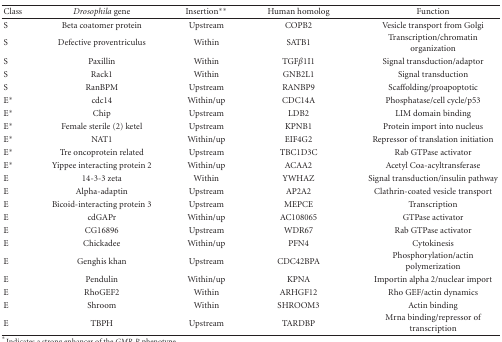
<table><thead><tr><td><b>Class</b></td><td><b><i>Drosophila</i> gene</b></td><td><b>Insertion**</b></td><td><b>Human homolog</b></td><td><b>Function</b></td></tr></thead><tbody><tr><td>S</td><td>Beta coatomer protein</td><td>Upstream</td><td>COPB2</td><td>Vesicle transport from Golgi</td></tr><tr><td>S</td><td>Defective proventriculus</td><td>Within</td><td>SATB1</td><td>Transcription/chromatin organization</td></tr><tr><td>S</td><td>Paxillin</td><td>Within</td><td>TGF<i>β</i>1I1</td><td>Signal transduction/adaptor</td></tr><tr><td>S</td><td>Rack1</td><td>Within</td><td>GNB2L1</td><td>Signal transduction</td></tr><tr><td>S</td><td>RanBPM</td><td>Upstream</td><td>RANBP9</td><td>Scaffolding/proapoptotic</td></tr><tr><td>E*</td><td>cdc14</td><td>Within/up</td><td>CDC14A</td><td>Phosphatase/cell cycle/p53</td></tr><tr><td>E*</td><td>Chip</td><td>Upstream</td><td>LDB2</td><td>LIM domain binding</td></tr><tr><td>E*</td><td>Female sterile (2) ketel</td><td>Upstream</td><td>KPNB1</td><td>Protein import into nucleus</td></tr><tr><td>E*</td><td>NAT1</td><td>Within/up</td><td>EIF4G2</td><td>Repressor of translation initiation</td></tr><tr><td>E*</td><td>Tre oncoprotein related</td><td>Upstream</td><td>TBC1D3C</td><td>Rab GTPase activator</td></tr><tr><td>E*</td><td>Yippee interacting protein 2</td><td>Within/up</td><td>ACAA2</td><td>Acetyl Coa-acyltransferase</td></tr><tr><td>E</td><td>14-3-3 zeta</td><td>Within</td><td>YWHAZ</td><td>Signal transduction/insulin pathway</td></tr><tr><td>E</td><td>Alpha-adaptin</td><td>Upstream</td><td>AP2A2</td><td>Clathrin-coated vesicle transport</td></tr><tr><td>E</td><td>Bicoid-interacting protein 3</td><td>Upstream</td><td>MEPCE</td><td>Transcription</td></tr><tr><td>E</td><td>cdGAPr</td><td>Within/up</td><td>AC108065</td><td>GTPase activator</td></tr><tr><td>E</td><td>CG16896</td><td>Upstream</td><td>WDR67</td><td>Rab GTPase activator</td></tr><tr><td>E</td><td>Chickadee</td><td>Within/up</td><td>PFN4</td><td>Cytokinesis</td></tr><tr><td>E</td><td>Genghis khan</td><td>Upstream</td><td>CDC42BPA</td><td>Phosphorylation/actin polymerization</td></tr><tr><td>E</td><td>Pendulin</td><td>Within/up</td><td>KPNA</td><td>Importin alpha 2/nuclear import</td></tr><tr><td>E</td><td>RhoGEF2</td><td>Within</td><td>ARHGF12</td><td>Rho GEF/actin dynamics</td></tr><tr><td>E</td><td>Shroom</td><td>Within</td><td>SHROOM3</td><td>Actin binding</td></tr><tr><td>E</td><td>TBPH</td><td>Upstream</td><td>TARDBP</td><td>Mrna binding/repressor of transcription</td></tr></tbody></table>